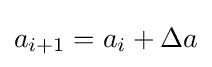
a_{i+1}=a_{i}+\Delta a